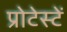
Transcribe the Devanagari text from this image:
प्रोटेस्टें